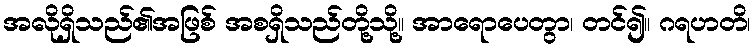
အလိုရှိသည်၏အဖြစ် အစရှိသည်တို့သို့။ အာရောပေတွာ၊ တင်၍။ ဂရဟတိ၊